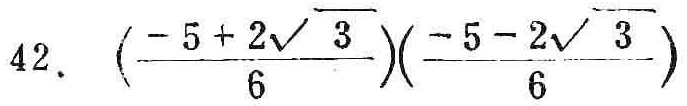
\(42.\ \left(\frac{-5 + 2\sqrt{3}}{6}\right)\left(\frac{-5 - 2\sqrt{3}}{6}\right)\)